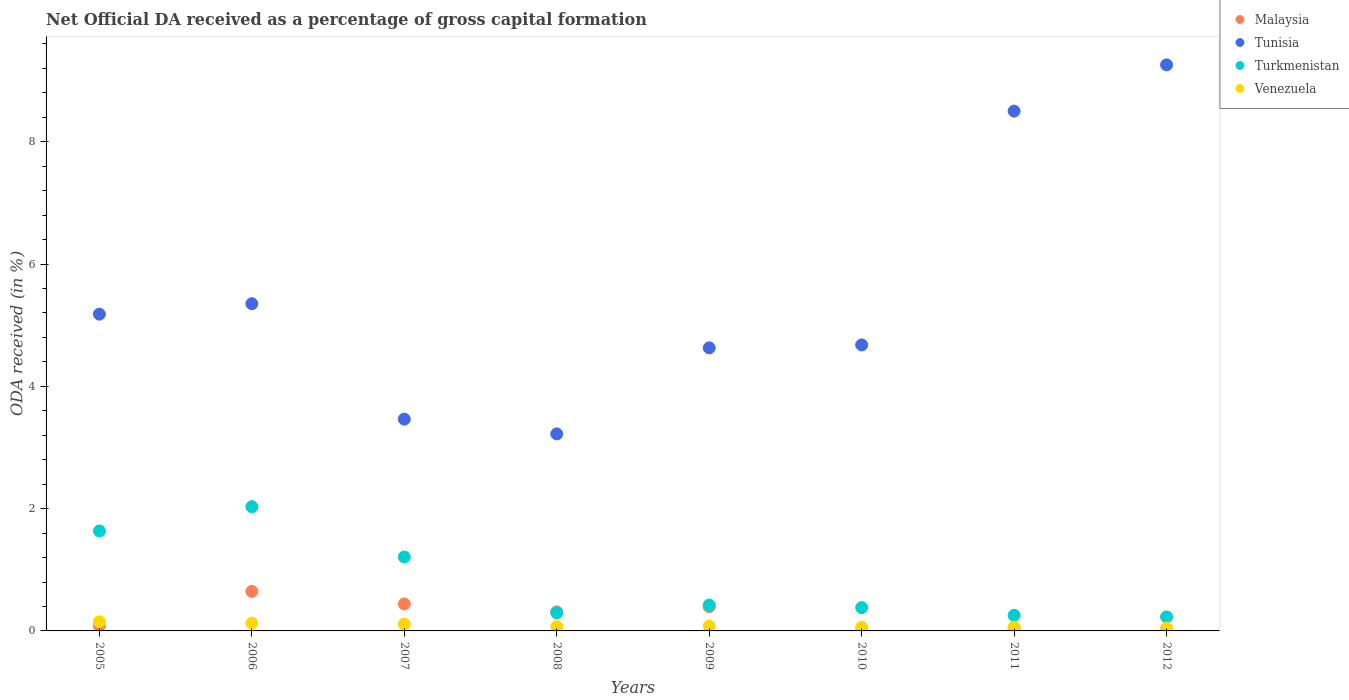
| Years | Malaysia | Tunisia | Turkmenistan | Venezuela |
 | --- | --- | --- | --- | --- |
 | 2005 | 0.0813 | 5.18 | 1.64 | 0.15 |
 | 2006 | 0.646 | 5.35 | 2.03 | 0.127 |
 | 2007 | 0.442 | 3.46 | 1.21 | 0.111 |
 | 2008 | 0.312 | 3.22 | 0.297 | 0.0699 |
 | 2009 | 0.396 | 4.63 | 0.423 | 0.0781 |
 | 2010 | 0.00345 | 4.68 | 0.381 | 0.061 |
 | 2011 | 0.0465 | 8.5 | 0.255 | 0.0614 |
 | 2012 | 0.019 | 9.26 | 0.229 | 0.0475 |